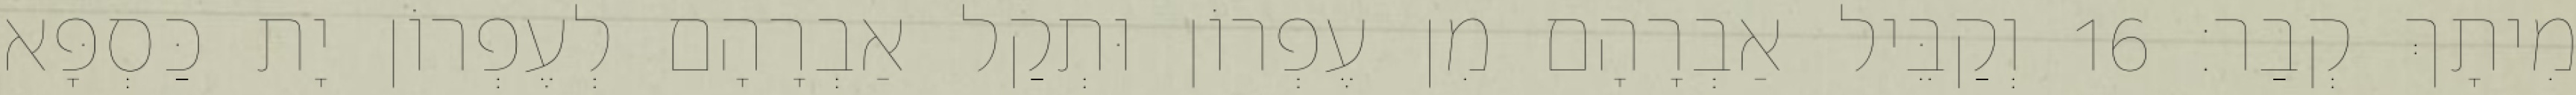
מִיתָךְ קְבַר׃ 16 וְקַבֵּיל אַבְרָהָם מִן עֶפְרוֹן וּתְקַל אַבְרָהָם לְעֶפְרוֹן יָת כַּסְפָּא